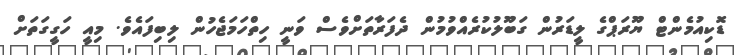
ޑޮކިއުމެންޓް ޔޫރަޕްގެ ލީޑަރުން ގަބޫލުކުރެއްވުމުން ދެފަރާތަށްވެސް ވަނީ ހިތްހަމަޖެހުން ލިބިފައެވެ. މިއީ ހަގީގަތަށް